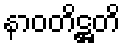
နာဝတိဋ္ဌတိ